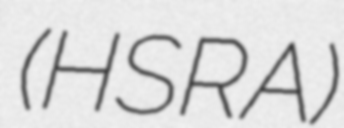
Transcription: (HSRA)